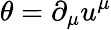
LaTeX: \theta=\partial_{\mu}u^{\mu}